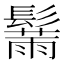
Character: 𲌢